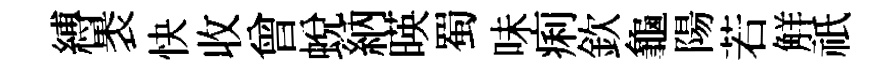
縛褁快收曾蜕納暎蜀味痢欽龜陽若觧祇